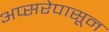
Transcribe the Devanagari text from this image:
अप्सरेपासून